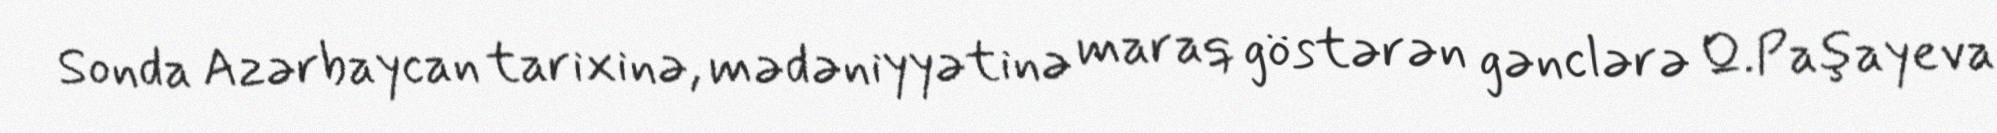
Sonda Azərbaycan tarixinə, mədəniyyətinə maraq göstərən gənclərə Q.Paşayeva